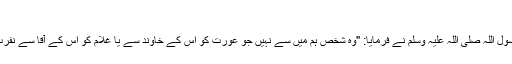
4878)
ابوہریرہ رضی اللہ عنہ سے روایت ہے رسول اللہ صلی اللہ علیہ وسلم نے فرمایا: "وہ شخص ہم میں سے نہیں جو عورت کو اس کے خاوند سے یا غلام کو اس کے آقا سے نفرت دلانے کے لیے ان کی بدگوئی کرتا ہے۔